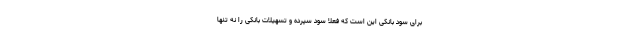
برای سود بانکی این است که فعلا سود سپرده و تسهیلات بانکی را نه تنها